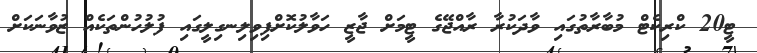
ޓީ20 ކްރިކެޓް މުބާރާތުގައި ވާދަކުރާ ރާއްޖޭގެ ޓީމަށް ޖާޒީ ހަވާލުކޮށްފިވިލިނގިލީގައި ފުލުހުންތަކެއް ޒުވާނަކަށް